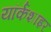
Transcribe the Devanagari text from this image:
यॉर्कशाइर